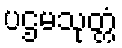
ပဌမသုတ္တံ